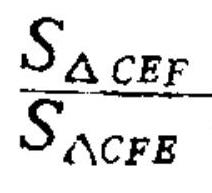
\frac{S_{\triangle CEF}}{S_{\triangle CFE}}